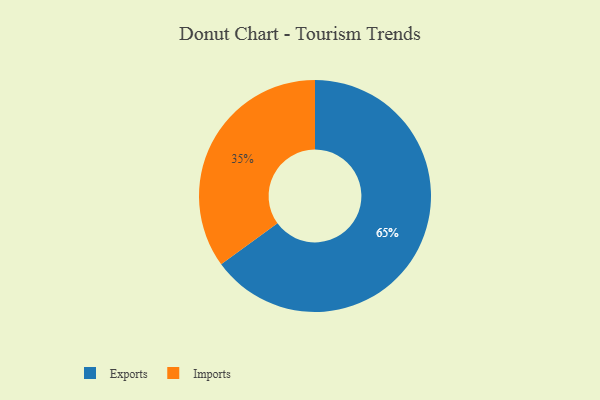
{"axis": {"x": "Category", "y": "Percentage"}, "legend": ["Exports", "Imports"], "data": [{"x": "Exports", "y": 65, "type": "Exports"}, {"x": "Imports", "y": 35, "type": "Imports"}]}